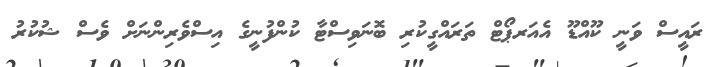
ރައީސް ވަނީ ކޫއްޑޫ އެއަރޕޯޓް ތަރައްގީކުރި ބޮނަވިސްޓާ ކުންފުނީގެ އިސްވެރިންނަށް ވެސް ޝުކުރު